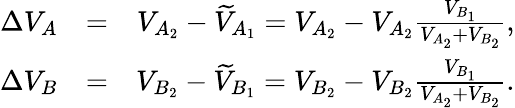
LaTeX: \begin{array}{rlr}{\Delta{V}_{A}}&{=}&{{V}_{A_{2}}-\widetilde{V}_{A_{1}}={V}_{A_{2}}-{V}_{A_{2}}\frac{V_{B_{1}}}{{V}_{A_{2}}+{V}_{B_{2}}},}\\ {\Delta{V}_{B}}&{=}&{{V}_{B_{2}}-\widetilde{V}_{B_{1}}={V}_{B_{2}}-{V}_{B_{2}}\frac{V_{B_{1}}}{{V}_{A_{2}}+{V}_{B_{2}}}.}\end{array}